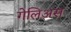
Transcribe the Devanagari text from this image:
गेलिअस